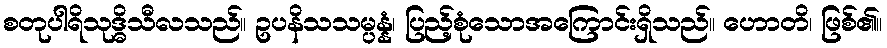
စတုပါရိသုဒ္ဓိသီလသည်။ ဥပနိသသမ္ပန္နံ၊ ပြည့်စုံသောအကြောင်းရှိသည်။ ဟောတိ၊ ဖြစ်၏။